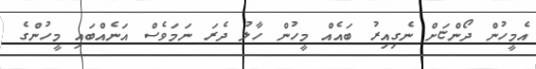
އެމީހުން ދޯންޏަށް ނެގިއިރު ބައެއް މީހުން ހާލު ދެރަ ނަމަވެސް އަނެއްބައި މީހުންގެ